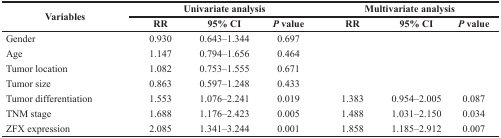
<table><thead><tr><td rowspan="2"><b>Variables</b></td><td colspan="3"><b>Univariate analysis</b></td><td colspan="5"><b>Multivariate analysis</b></td></tr><tr><td><b>RR</b></td><td><b>95% CI</b></td><td><b><i>P</i> value</b></td><td><b>RR</b></td><td><b>95% CI</b></td><td><b><i>P</i> value</b></td></tr></thead><tbody><tr><td>Gender</td><td>0.930</td><td>0.643–1.344</td><td>0.697</td><td></td><td></td><td></td></tr><tr><td>Age</td><td>1.147</td><td>0.794–1.656</td><td>0.464</td><td></td><td></td><td></td></tr><tr><td>Tumor location</td><td>1.082</td><td>0.753–1.555</td><td>0.671</td><td></td><td></td><td></td></tr><tr><td>Tumor size</td><td>0.863</td><td>0.597–1.248</td><td>0.433</td><td></td><td></td><td></td></tr><tr><td>Tumor differentiation</td><td>1.553</td><td>1.076–2.241</td><td>0.019</td><td>1.383</td><td>0.954–2.005</td><td>0.087</td></tr><tr><td>TNM stage</td><td>1.688</td><td>1.176–2.423</td><td>0.005</td><td>1.488</td><td>1.031–2.150</td><td>0.034</td></tr><tr><td>ZFX expression</td><td>2.085</td><td>1.341–3.244</td><td>0.001</td><td>1.858</td><td>1.185–2.912</td><td>0.007</td></tr></tbody></table>